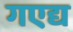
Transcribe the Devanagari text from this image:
गएद्य